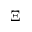
\Xi